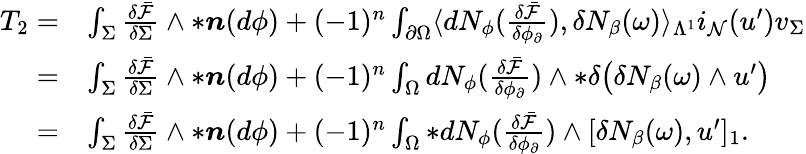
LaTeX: \begin{array}{rl}{T_{2}=}&{\int_{\Sigma}\frac{\delta\bar{\mathcal{F}}}{\delta\Sigma}\wedge\ast\boldsymbol{n}(d\phi)+(-1)^{n}\int_{\partial\Omega}\langle dN_{\phi}(\frac{\delta\bar{\mathcal{F}}}{\delta\phi_{\partial}}),\delta N_{\beta}(\omega)\rangle_{\Lambda^{1}}i_{\mathcal{N}}(u^{\prime})v_{\Sigma}}\\ {=}&{\int_{\Sigma}\frac{\delta\bar{\mathcal{F}}}{\delta\Sigma}\wedge\ast\boldsymbol{n}(d\phi)+(-1)^{n}\int_{\Omega}dN_{\phi}(\frac{\delta\bar{\mathcal{F}}}{\delta\phi_{\partial}})\wedge\ast\delta\big(\delta N_{\beta}(\omega)\wedge u^{\prime}\big)}\\ {=}&{\int_{\Sigma}\frac{\delta\bar{\mathcal{F}}}{\delta\Sigma}\wedge\ast\boldsymbol{n}(d\phi)+(-1)^{n}\int_{\Omega}\ast dN_{\phi}(\frac{\delta\bar{\mathcal{F}}}{\delta\phi_{\partial}})\wedge[\delta N_{\beta}(\omega),u^{\prime}]_{1}.}\end{array}